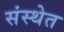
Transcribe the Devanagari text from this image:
संस्‍थेत